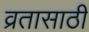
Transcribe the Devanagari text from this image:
व्रतासाठी